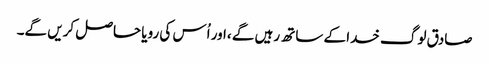
صادق لوگ خدا کے ساتھ رہیں گے ،اور اُس کی رویا حاصل کریں گے۔